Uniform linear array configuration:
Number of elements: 48
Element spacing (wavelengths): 0.5
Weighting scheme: hamming
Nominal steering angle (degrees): -45
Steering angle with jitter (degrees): -46.966
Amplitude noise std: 0.05
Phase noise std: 0.05

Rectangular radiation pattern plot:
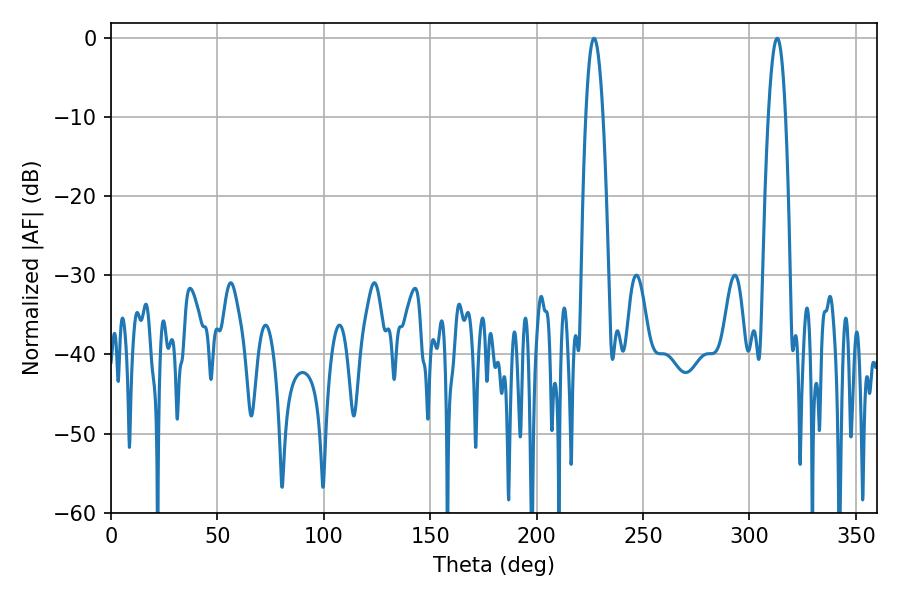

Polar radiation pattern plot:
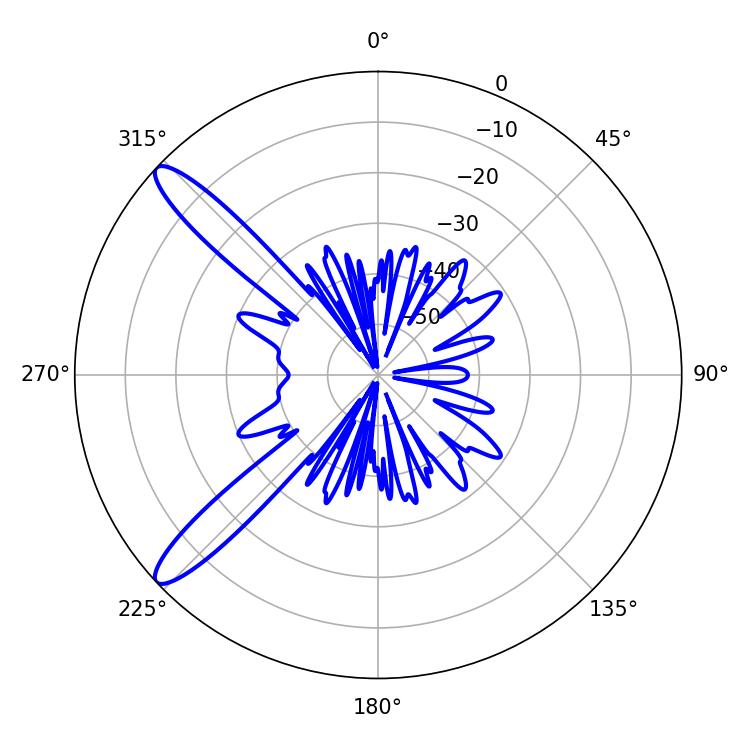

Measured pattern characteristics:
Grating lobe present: FALSE
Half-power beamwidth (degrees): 4.5
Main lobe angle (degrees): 226.98